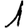
Digit: 1